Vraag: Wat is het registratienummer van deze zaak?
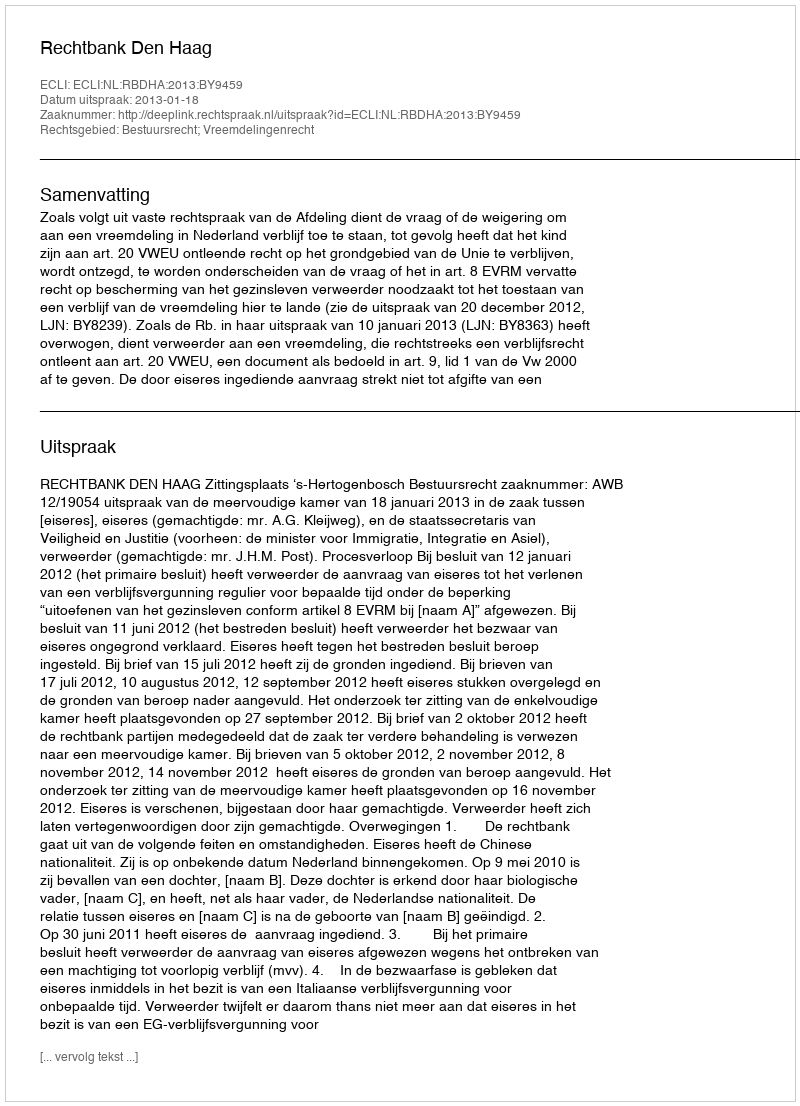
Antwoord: http://deeplink.rechtspraak.nl/uitspraak?id=ECLI:NL:RBDHA:2013:BY9459